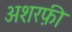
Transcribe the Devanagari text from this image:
अशरफ़ी